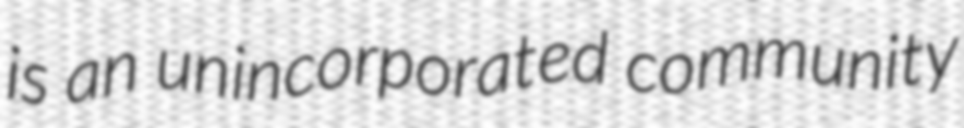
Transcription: is an unincorporated community